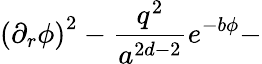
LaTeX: \left(\partial_{r}\phi\right)^{2}-\frac{q^{2}}{a^{2d-2}}e^{-b\phi}-